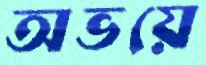
অভয়ে